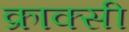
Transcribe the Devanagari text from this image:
क्राक्सी